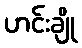
ဟင်းချို